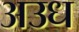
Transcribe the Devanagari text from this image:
अउध